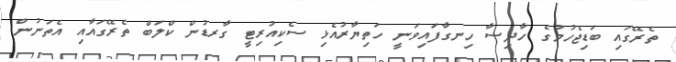
ތެރޭގައި ބަޑިޖެހުމުގެ ހާދިސާ ހިނގާފައިވަނީ ހަތިޔާރުއެޅި ސެކިއުރިޓީ ގާރޑުން ކްލަބް ތެރޭގައާއި އެތަނުން